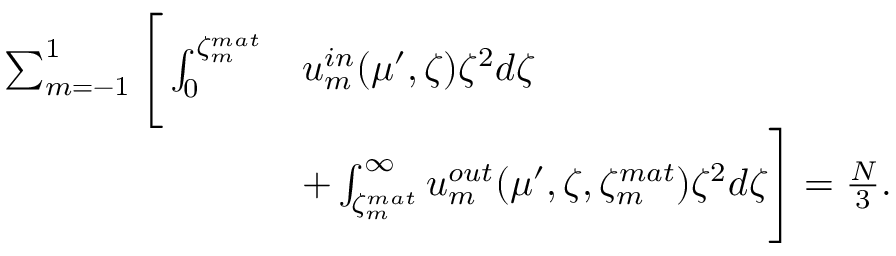
\begin{array} { r l } { \sum _ { m = - 1 } ^ { 1 } \Bigg [ \int _ { 0 } ^ { \zeta _ { m } ^ { m a t } } } & { u _ { m } ^ { i n } ( \mu ^ { \prime } , \zeta ) \zeta ^ { 2 } d \zeta } \\ & { + \int _ { \zeta _ { m } ^ { m a t } } ^ { \infty } u _ { m } ^ { o u t } ( \mu ^ { \prime } , \zeta , \zeta _ { m } ^ { m a t } ) \zeta ^ { 2 } d \zeta \Bigg ] = \frac { N } { 3 } . } \end{array}